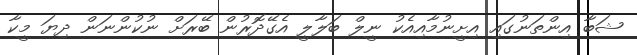
ޝަބާ އިންތަނުގައި އިށީނުމާއިއެކު ނީލް ބަލާލީ އެގޭދޮރުން ބޭރަށް ނުކުންނަން ދިޔަ މީކާ